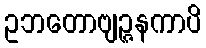
ဥဘတောဗျဉ္ဇနကာပိ